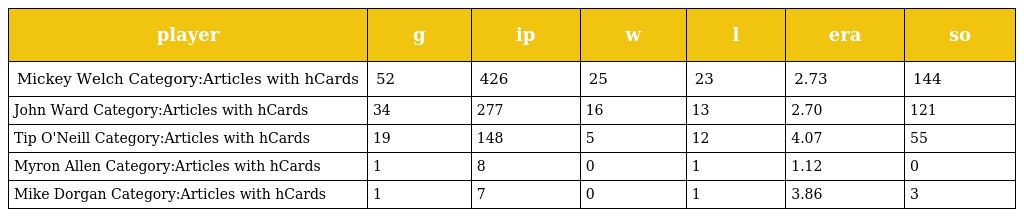
| player | g | ip | w | l | era | so |
 | --- | --- | --- | --- | --- | --- | --- |
 | Mickey Welch Category:Articles with hCards | 52 | 426 | 25 | 23 | 2.73 | 144 |
 | John Ward Category:Articles with hCards | 34 | 277 | 16 | 13 | 2.70 | 121 |
 | Tip O'Neill Category:Articles with hCards | 19 | 148 | 5 | 12 | 4.07 | 55 |
 | Myron Allen Category:Articles with hCards | 1 | 8 | 0 | 1 | 1.12 | 0 |
 | Mike Dorgan Category:Articles with hCards | 1 | 7 | 0 | 1 | 3.86 | 3 |